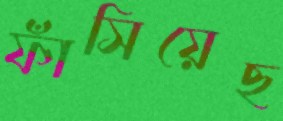
ফাঁসিয়েছ